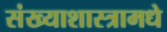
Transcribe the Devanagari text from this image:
संख्याशास्त्रामधे